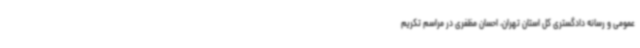
عمومی و رسانه دادگستری کل استان تهران، احسان مظفری در مراسم تکریم